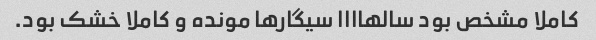
کاملا مشخص بود سالهاااا سیگارها مونده و کاملا خشک بود.